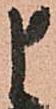
申